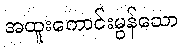
အထူးကောင်းမွန်သော